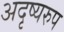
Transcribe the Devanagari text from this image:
अदृष्यरुप